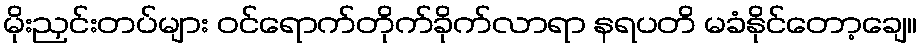
မိုးညှင်းတပ်များ ဝင်ရောက်တိုက်ခိုက်လာရာ နရပတိ မခံနိုင်တော့ချေ။